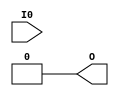
module CC_LUT1 (
	output O,
	input  I0
);
	parameter [1:0] INIT = 0;
	assign O = I0 ? INIT[1] : INIT[0];
endmodule